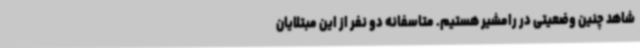
شاهد چنین وضعیتی در رامشیر هستیم. متاسفانه دو نفر از این مبتلایان